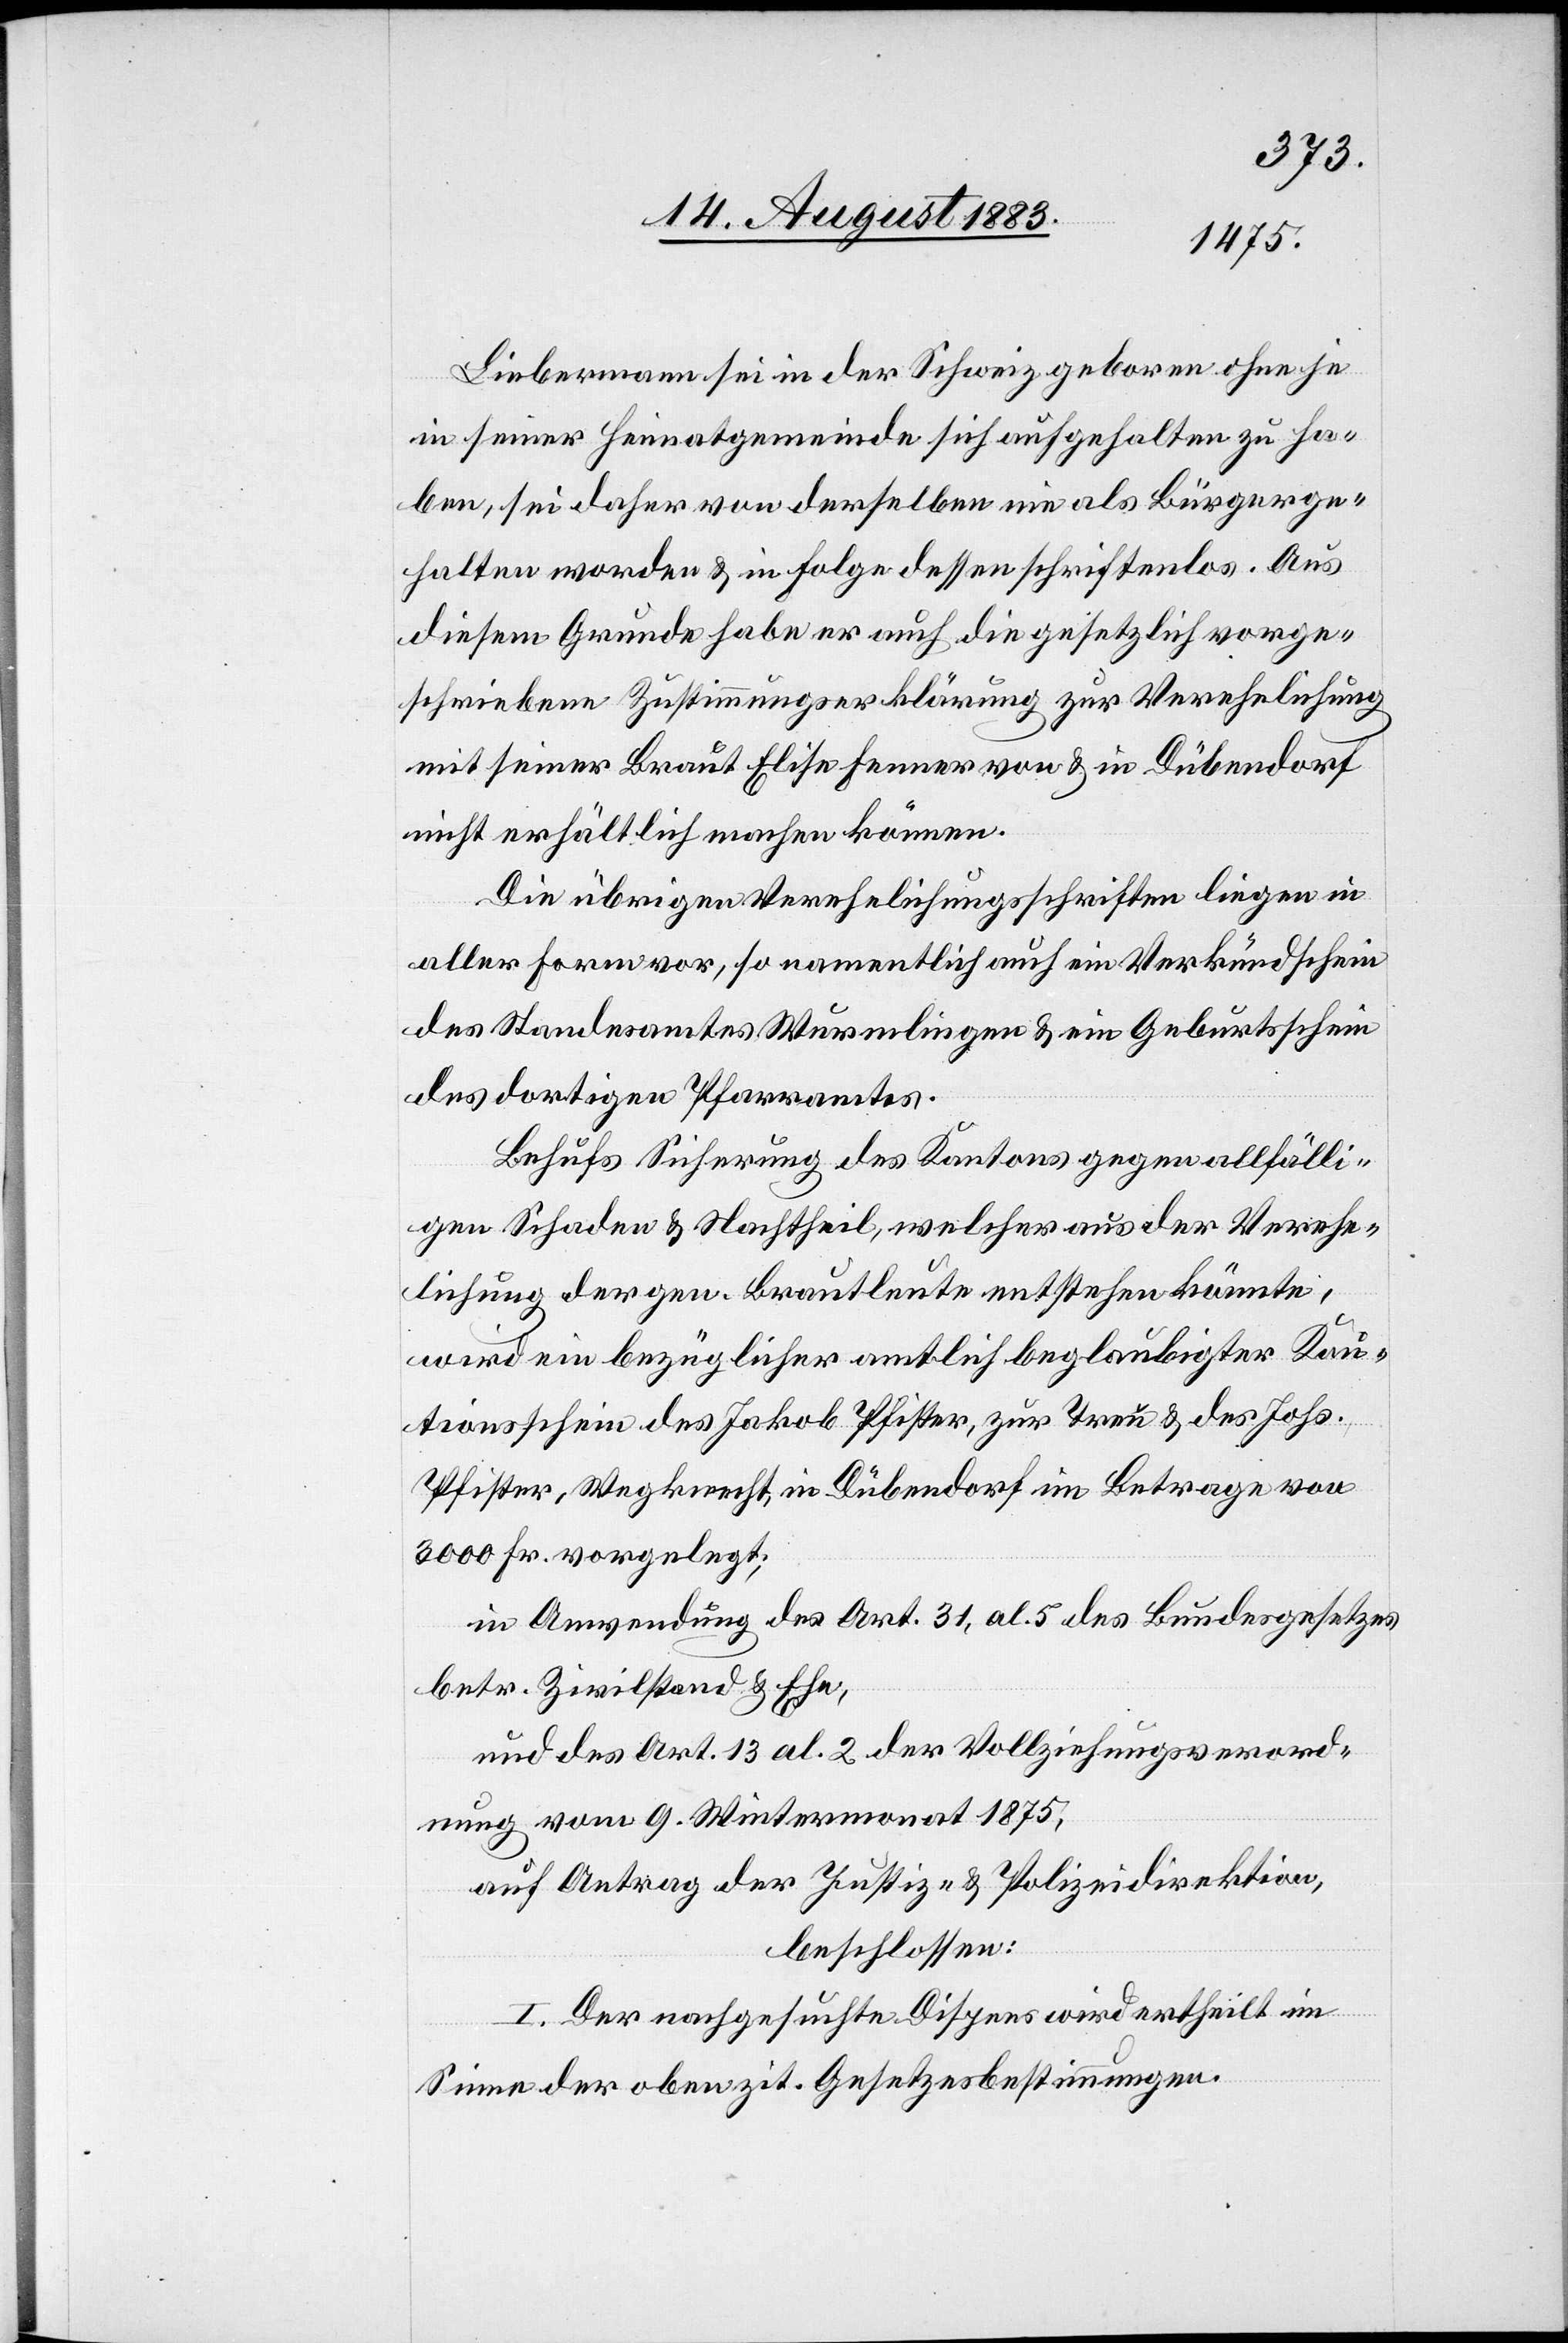
Liebermann sei in der Schweiz geboren ohne je
in seiner Heimatgemeinde sich aufgehalten zu ha¬
ben, sei daher von derselben nie als Bürger ge¬
halten worden & in Folge dessen schriftenlos. Aus
diesem Grunde habe er auch die gesetzlich vorge¬
schriebene Zustimmungserklärung zur Verehelichung
mit einer Braut Elise Fenner von & in Dübendorf
nicht erhältlich machen können.
Die übrigen Verehelichungsschriften liegen in
aller Form vor, so namentlich auch ein Verkündschein
des Standesamtes Wurmlingen & ein Geburtsschein
des dortigen Pfarramtes.
Behufs Sicherung des Kantons gegen allfälli¬
gen Schaden & Nachtheil, welcher aus der Verehe¬
lichung der gen. Brautleute entstehen könnte,
wird ein bezüglicher amtlich beglaubigter Kau¬
tionsschein des Jakob Pfister, zur Treu & des Johs.
Pfister, Wegknecht, in Dübendorf im Betrage von
3000 Fr. vorgelegt;
in Anwendung des Art. 31, al. 5 des Bundesgesetzes
betr. Zivilstand & Ehe,
und des Art. 13 al. 2 der Vollziehungsverord¬
nung vom 9. Wintermonat 1875,
auf Antrag der Justiz- & Polizeidirektion,
beschlossen:
I. Der nachgesuchte Dispens wird ertheilt im
Sinne der oben zit. Gesetzesbestimmungen.